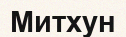
Митхун